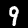
Label: 9